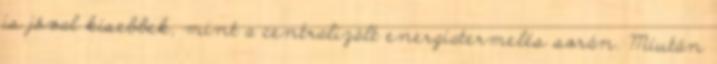
is jóval kisebbek, mint a centralizált energiatermelés során. Miután